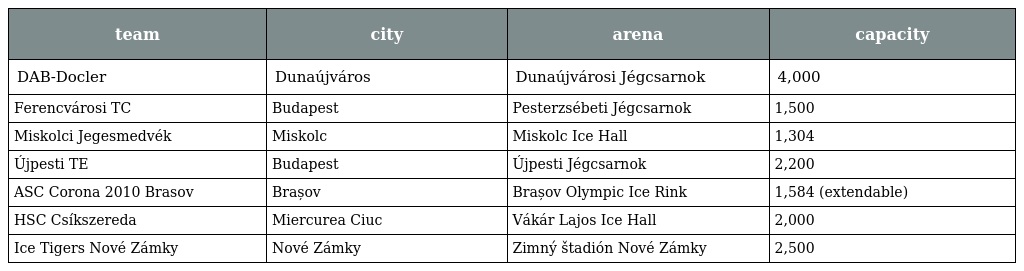
| team | city | arena | capacity |
 | --- | --- | --- | --- |
 | DAB-Docler | Dunaújváros | Dunaújvárosi Jégcsarnok | 4,000 |
 | Ferencvárosi TC | Budapest | Pesterzsébeti Jégcsarnok | 1,500 |
 | Miskolci Jegesmedvék | Miskolc | Miskolc Ice Hall | 1,304 |
 | Újpesti TE | Budapest | Újpesti Jégcsarnok | 2,200 |
 | ASC Corona 2010 Brasov | Brașov | Brașov Olympic Ice Rink | 1,584 (extendable) |
 | HSC Csíkszereda | Miercurea Ciuc | Vákár Lajos Ice Hall | 2,000 |
 | Ice Tigers Nové Zámky | Nové Zámky | Zimný štadión Nové Zámky | 2,500 |